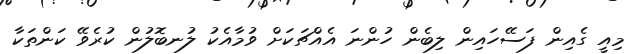
މިއީ ގެއިން ފަސޭހައިން ލިބެން ހުންނަ އެއްޗަކަށް ވުމާއެކު ލުނބޮލުން ކުރެވޭ ކަންތަކާ